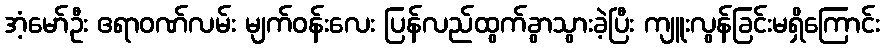
အံ့မော်ဦး ဧရာဝဏ်လမ်း မျက်ဝန်းလေး ပြန်လည်ထွက်ခွာသွားခဲ့ပြီး ကျူးလွန်ခြင်းမရှိကြောင်း